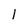
Character: l